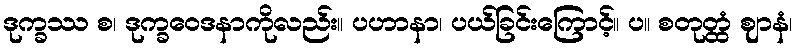
ဒုက္ခဿ စ၊ ဒုက္ခဝေဒနာကိုလည်း။ ပဟာနာ၊ ပယ်ခြင်းကြောင့်။ ပ။ စတုတ္ထံ ဈာနံ၊